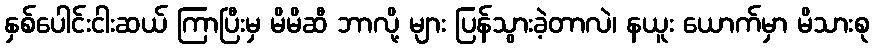
နှစ်ပေါင်းငါးဆယ် ကြာပြီးမှ မိမိဆီ ဘာလို့ များ ပြန်သွားခဲ့တာလဲ၊ နယူး ယောက်မှာ မိသားစု